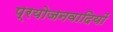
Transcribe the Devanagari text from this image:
प्रयोजनवादियों